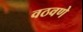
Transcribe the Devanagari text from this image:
वठवणे